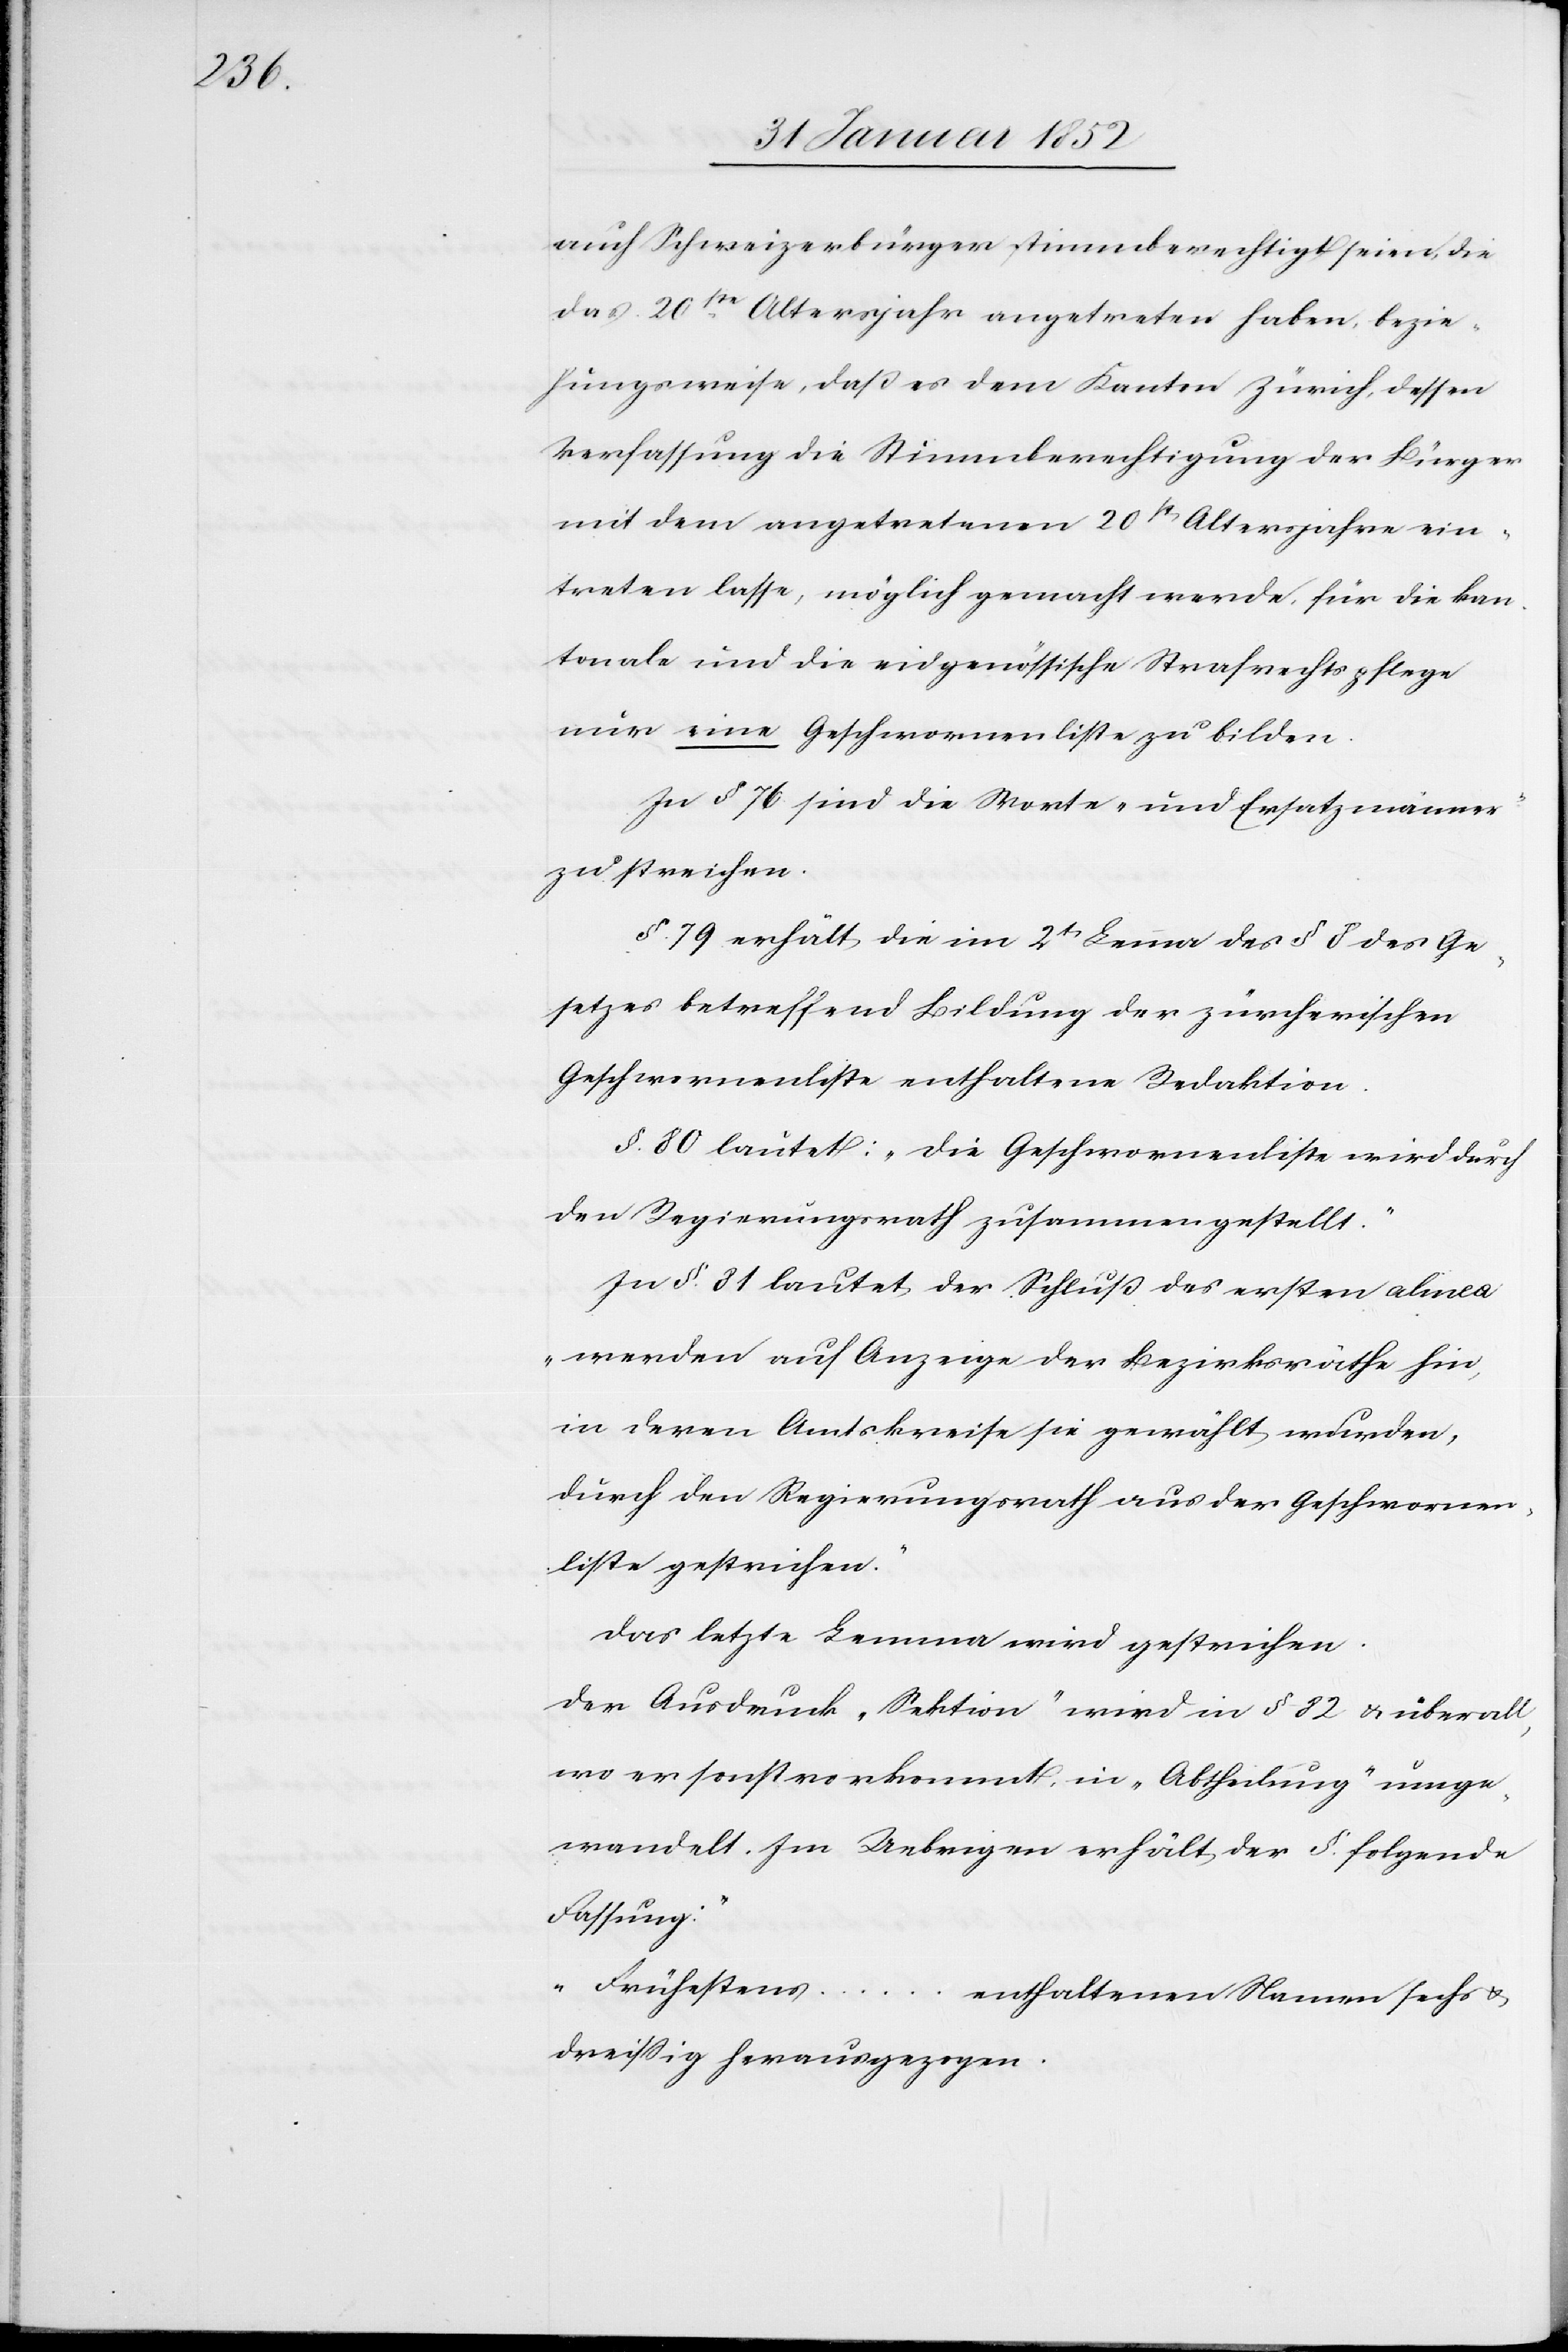
auch Schweizerbürger stimmberechtigt seien, die
das 20ste Altersjahr angetreten haben, bezie¬
hungsweise, daß es dem Kanton Zürich, dessen
Verfassung die Stimmberechtigung der Bürger
und dem angetretenen 20stn Altersjahre ein¬
treten lasse, möglich gemacht werde, für die kan¬
tonale und die eidgenössische Strafrechtspflege
nur eine Geschwornenliste zu bilden.
In § 76 sind die Worte „und Ersatzmänner“
zu streichen.
§ 79 erhält die im 2t Lemma des §§ des Ge¬
setzes betreffend Bildung der zürcherischen
Geschwornenliste enthaltene Redaktion.
§. 80 lautet: „Die Geschwornenliste wird durch
den Regierungsrath zusammengestellt.“
In §. 81 lautet der Schluß des ersten alinea
„werden auf Anzeige der Bezirksräthe hin,
in deren Amtskreise sie gewählt wurden,
durch den Regierungsrath aus der Geschwornen¬
liste gestrichen.“
Das letzte Lemma wird gestrichen.
Der Ausdruck „Sektion“ wird in § 82 u. überall,
wo er sonst vorkommt, in „Abtheilung“ umge¬
wandelt. Im Uebrigen erhält der §. folgende
Fassung:
„Frühestens ... enthaltenen Namen sechs u.
dreißig herausgezogen.